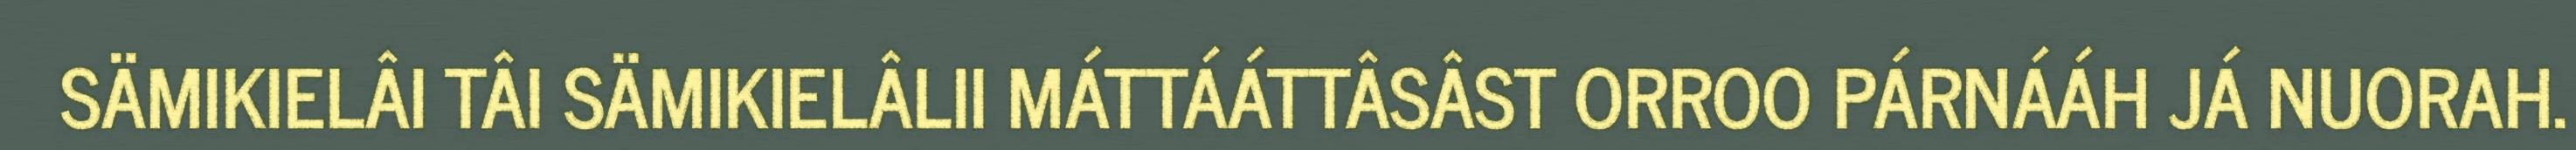
SÄMIKIELÂI TÂI SÄMIKIELÂLII MÁTTÁÁTTÂSÂST ORROO PÁRNÁÁH JÁ NUORAH.